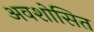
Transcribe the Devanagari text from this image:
अवशोसित